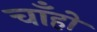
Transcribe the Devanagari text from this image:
चाँहों